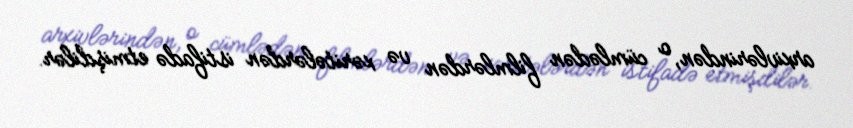
arxivlərindən, o cümlədən filmlərdən və xəritələrdən istifadə etmişdilər.